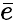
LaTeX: \bar{e}